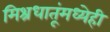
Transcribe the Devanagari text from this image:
मिश्रधातूंमध्येही